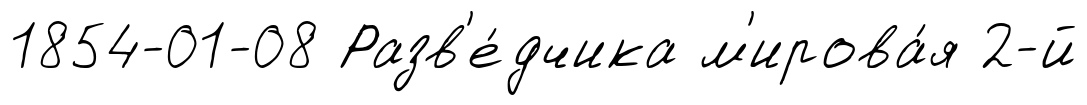
1854-01-08 Разв'е́дчика м'ирова́я 2-й